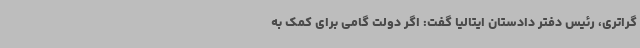
گراتری، رئیس دفتر دادستان ایتالیا گفت: اگر دولت گامی برای کمک به